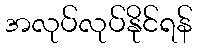
အလုပ်လုပ်နိုင်ရန်